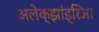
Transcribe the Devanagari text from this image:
अलेक्झांड्रिआ